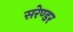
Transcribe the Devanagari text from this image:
सरेण्डर